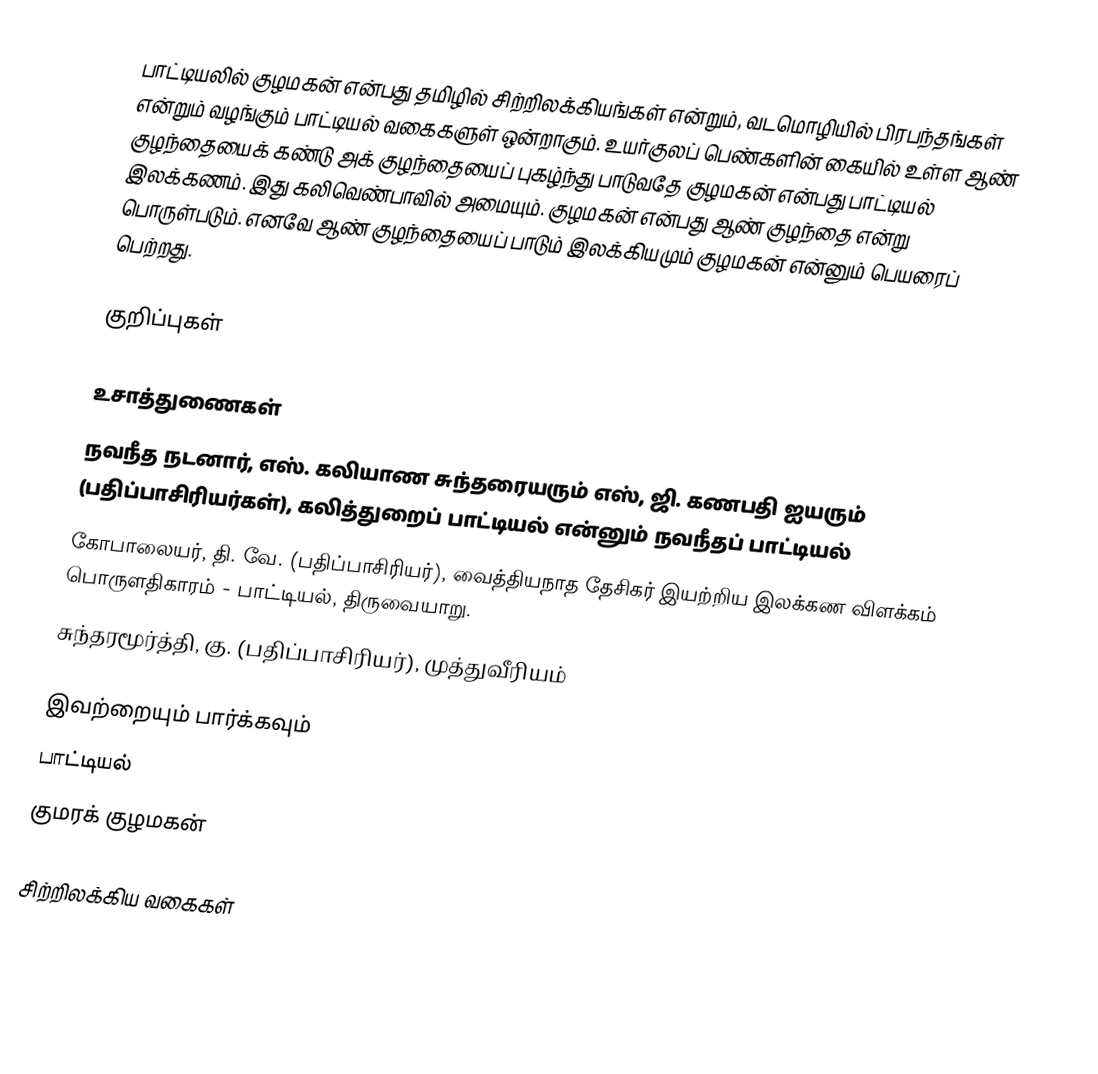
பாட்டியலில் குழமகன் என்பது தமிழில் சிற்றிலக்கியங்கள் என்றும், வடமொழியில் பிரபந்தங்கள் என்றும் வழங்கும் பாட்டியல் வகைகளுள் ஒன்றாகும். உயர்குலப் பெண்களின் கையில் உள்ள ஆண் குழந்தையைக் கண்டு அக் குழந்தையைப் புகழ்ந்து பாடுவதே குழமகன் என்பது பாட்டியல் இலக்கணம். இது கலிவெண்பாவில் அமையும். குழமகன் என்பது ஆண் குழந்தை என்று பொருள்படும். எனவே ஆண் குழந்தையைப் பாடும் இலக்கியமும் குழமகன் என்னும் பெயரைப் பெற்றது.

குறிப்புகள்

உசாத்துணைகள்
 நவநீத நடனார், எஸ். கலியாண சுந்தரையரும் எஸ், ஜி. கணபதி ஐயரும் (பதிப்பாசிரியர்கள்), கலித்துறைப் பாட்டியல் என்னும் நவநீதப் பாட்டியல்
 கோபாலையர், தி. வே. (பதிப்பாசிரியர்), வைத்தியநாத தேசிகர் இயற்றிய இலக்கண விளக்கம் பொருளதிகாரம் - பாட்டியல், திருவையாறு.
 சுந்தரமூர்த்தி, கு. (பதிப்பாசிரியர்), முத்துவீரியம்

இவற்றையும் பார்க்கவும்
 பாட்டியல்
 குமரக் குழமகன்

சிற்றிலக்கிய வகைகள்